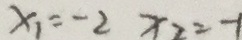
x _ { 1 } = - 2 x _ { 2 } = - 1